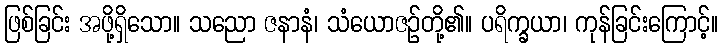
ဖြစ်ခြင်း အဖို့ရှိသော။ သညော ဇနာနံ၊ သံယောဇဉ်တို့၏။ ပရိက္ခယာ၊ ကုန်ခြင်းကြောင့်။